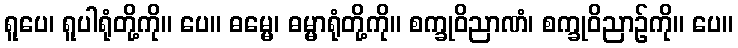
ရူပေ၊ ရူပါရုံတို့ကို။ ပေ။ ဓမ္မေ၊ ဓမ္မာရုံတို့ကို။ စက္ခုဝိညာဏံ၊ စက္ခုဝိညာဉ်ကို။ ပေ။